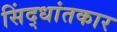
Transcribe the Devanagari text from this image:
सिंद्धांतकार